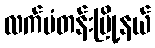
လက်ပံတန်းမြို့နယ်